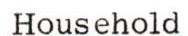
Household